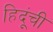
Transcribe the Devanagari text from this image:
हिदूंची